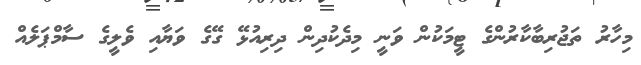
މިހާރު ތަޖުރިބާކާރުންގެ ޓީމަކުން ވަނީ މިދެކުދިން ދިރިއުޅޭ ގޭގެ ވަޔާއި ވެލީގެ ސާމްޕަލެއް